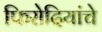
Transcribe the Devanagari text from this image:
फिरोदियांचे